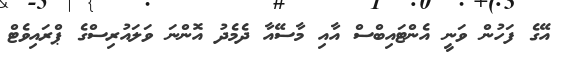
އޭގެ ފަހުން ވަނީ އެންޓައިބްސް އާއި މާސޭއާ ދެމެދު އޮންނަ ވަލައުރިސްގެ ޕްރައިވެޓް